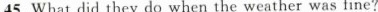
45.What did they do when the weather was fine?